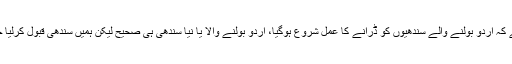
2014ء)متحدہ قومی موومنٹ کے رہنما فاروق ستار نے کہا ہے کہ اردو بولنے والے سندھیوں کو ڈرانے کا عمل شروع ہوگیا، اردو بولنے والا یا نیا سندھی ہی صحیح لیکن ہمیں سندھی قبول کرلیا جائے، کل کراچی میں عظیم الشان جلسے کا انعقاد کیا جا رہا ہے۔